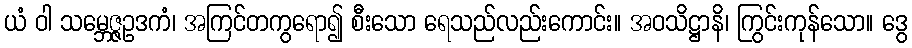
ယံ ဝါ သမ္ဘေဇ္ဇဥဒကံ၊ အကြင်တကွရော၍ စီးသော ရေသည်လည်းကောင်း။ အဝသိဋ္ဌာနိ၊ ကြွင်းကုန်သော။ ဒွေ